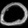
Digit: ၀